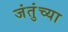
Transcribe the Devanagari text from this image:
जंतुंच्या